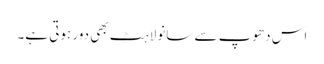
اس دھوپ سے سانولاہٹ بھی دور ہوتی ہے۔